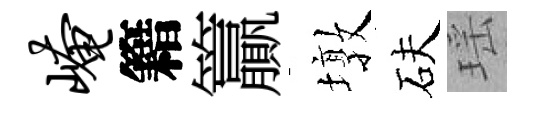
崦籍籯墩砆瑶